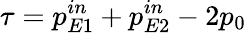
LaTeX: \tau=p_{E1}^{in}+p_{E2}^{in}-2p_{0}